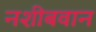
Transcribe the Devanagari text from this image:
नशीबवान